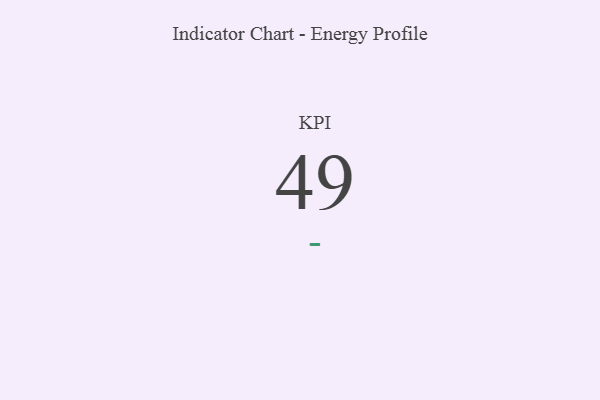
{"axis": {"x": "KPI", "y": "Value"}, "legend": [""], "data": [{"x": "KPI", "y": 49, "type": ""}]}